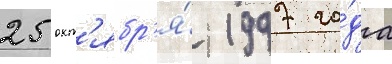
25 окт'ябр'я́ 1997 го́да